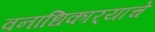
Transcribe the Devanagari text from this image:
वनाधिकार्‍याचे